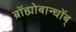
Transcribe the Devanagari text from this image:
ब्रॉह्मोबान्धॉब्